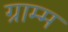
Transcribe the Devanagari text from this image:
ग्राम्म